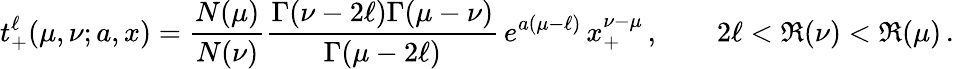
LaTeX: t_{+}^{\ell}(\mu,\nu;a,x)=\frac{N(\mu)}{N(\nu)}\frac{\Gamma(\nu-2\ell)\Gamma(\mu-\nu)}{\Gamma(\mu-2\ell)}\, e^{a(\mu-\ell)}\, x_{+}^{\nu-\mu}\, ,\qquad 2\ell<\Re(\nu)<\Re(\mu)\, .